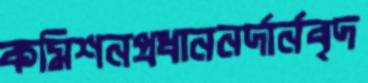
কমিশনপ্রধাননর্দার্নবৃদ